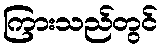
ကြားသည်တွင်